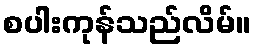
စပါးကုန်သည်လိမ်။